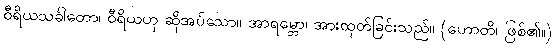
ဝီရိယသင်္ခါတော၊ ဝီရိယဟု ဆိုအပ်သော။ အာရမ္ဘော၊ အားထုတ်ခြင်းသည်။ (ဟောတိ၊ ဖြစ်၏။)